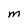
Character: M